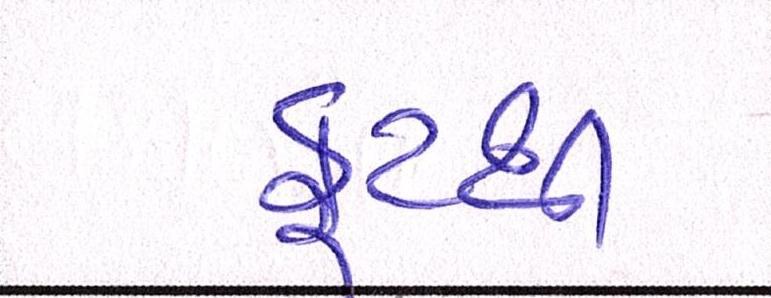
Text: ફૂટથી